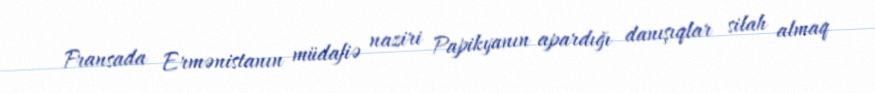
Fransada Ermənistanın müdafiə naziri Papikyanın apardığı danışıqlar silah almaq